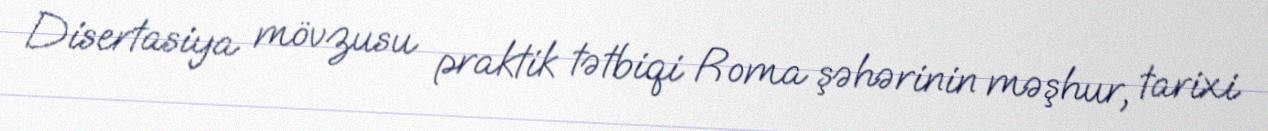
Disertasiya mövzusu praktik tətbiqi Roma şəhərinin məşhur, tarixi